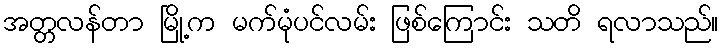
အတ္တလန်တာ မြို့က မက်မုံပင်လမ်း ဖြစ်ကြောင်း သတိ ရလာသည်။